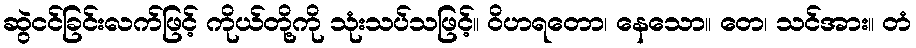
ဆွဲငင်ခြင်းလက်ဖြင့် ကိုယ်တို့ကို သုံးသပ်သဖြင့်။ ဝိဟရတော၊ နေသော။ တေ၊ သင်အား။ တံ